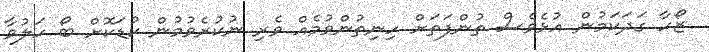
ޒޯހާ ގަދަކަމުން އުޅެވެސް ތުންފަތަށް ހިނިތުންވުމެއް ވެރި ނުކުރެވުމުން ކުޑަކޮށް ބޯ ހަލުވާ